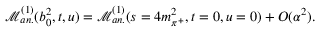
\mathcal { M } _ { a n . } ^ { ( 1 ) } ( b _ { 0 } ^ { 2 } , t , u ) = \mathcal { M } _ { a n . } ^ { ( 1 ) } ( s = 4 m _ { \pi ^ { + } } ^ { 2 } , t = 0 , u = 0 ) + O ( \alpha ^ { 2 } ) .